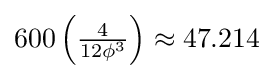
600\left({\tfrac {4}{12\phi ^{3}}}\right)\approx 47.214